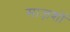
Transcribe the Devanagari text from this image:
साज़शों